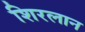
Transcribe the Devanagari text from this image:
शिरलान